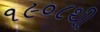
૧૯૦૮થી